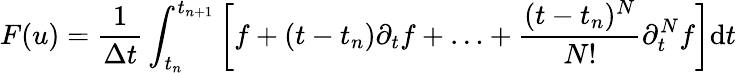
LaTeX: F(u)=\frac{1}{\Delta t}\int_{t_{n}}^{t_{n+1}}\left[f+(t-t_{n})\partial_{t}f+\ldots+\frac{(t-t_{n})^{N}}{N!}\partial_{t}^{N}f\right]\textrm{d}t